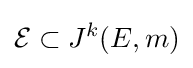
{\mathcal {E}}\subset J^{k}(E,m)